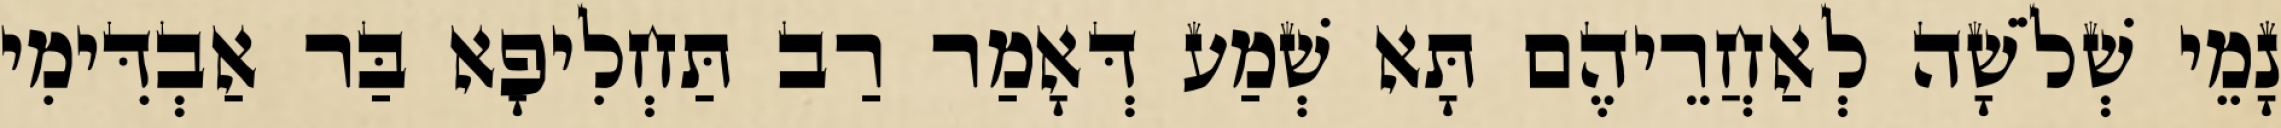
נָמֵי שְׁלֹשָׁה לְאַחֲרֵיהֶם תָּא שְׁמַע דְּאָמַר רַב תַּחְלִיפָא בַּר אַבְדִּימִי